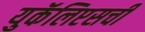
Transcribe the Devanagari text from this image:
युकॅलिप्टसची